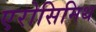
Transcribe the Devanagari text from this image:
एरोसिमिथ